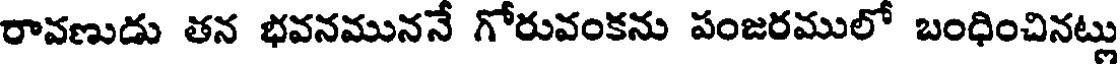
రావణుడు తన భవనముననే గోరువంకను పంజరములో బంధించినట్లు